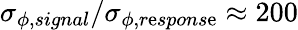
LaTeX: \sigma_{\phi,signal}/\sigma_{\phi,r\mathrm{e}spons\mathrm{e}}\approx200